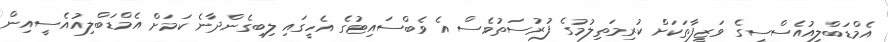
އެމްޑަބްލިއުއެސްސީގެ ވަޒީފާތަކަށް ކުރިމަތިލުމުގެ ފުރުސަތުވެސް އެ ވެބްސައިޓުގެ އެހީގައި ލިބިގެންދާނެ ކަމަށް އެމްޑަބްލިއުއެސީއިން